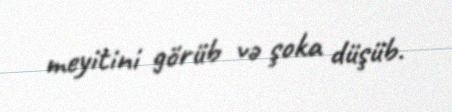
meyitini görüb və şoka düşüb.